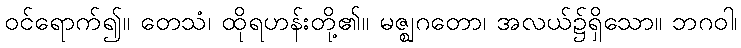
ဝင်ရောက်၍။ တေသံ၊ ထိုရဟန်းတို့၏။ မဇ္ဈဂတော၊ အလယ်၌ရှိသော။ ဘဂဝါ၊